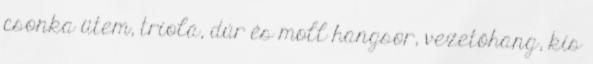
csonka ütem, triola, dúr és moll hangsor, vezetőhang, kis